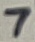
Text: 7